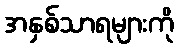
အနှစ်သာရများကို